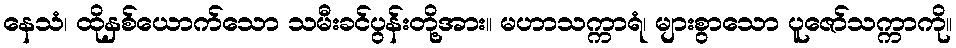
နေသံ၊ ထိုနှစ်ယောက်သော သမီးခင်ပွန်းတို့အား။ မဟာသက္ကာရံ၊ များစွာသော ပူဇော်သက္ကာကို။